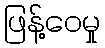
ဖြန့်ဝေမှု